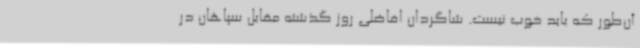
آن‌طور که باید خوب نیست. شاگردان افاضلی روز گذشته مقابل سپاهان در